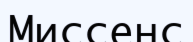
Миссенс